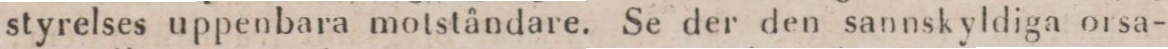
styrelses uppenbara motståndare. Se der den sannskyldiga orsa-